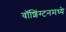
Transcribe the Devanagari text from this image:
वॉशिंग्टनमध्ये